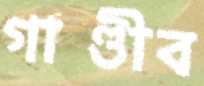
গাণ্ডীব